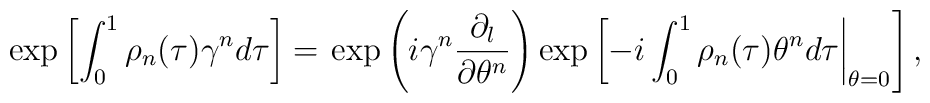
\exp \left[\int_0^1 \rho_n(\tau)\gamma^n d\tau\right] =\left.\exp \left(i\gamma^n\frac{\partial_l}{\partial \theta^n} \right)\exp \left[-i\int_0^1\rho_n(\tau)\theta^n d\tau \right|_{\theta=0}\right],